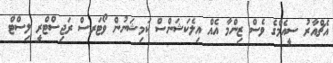
އެޗްއާރު ސީއެމްގެ ވެސް ޒިންމާ އެއް އިލެކަޝަންސް ކަމިޝަނުން ވޯޓަރސް ރަޖިސްޓްރީ ލިސްޓް